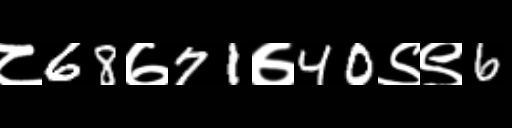
Text: ८68७71७40९९6